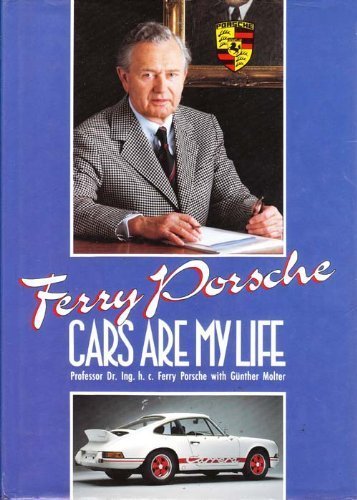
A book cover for Ferry Porsche: Cars Are My Life; Ferry Porsche; Engineering & Transportation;